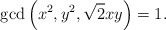
\begin{align*}\gcd \left( x^2, y^2, \sqrt 2 xy \right) = 1.\end{align*}